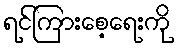
ရင်ကြားစေ့ရေးကို